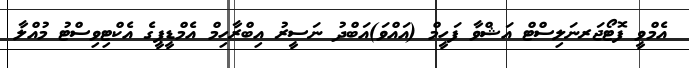
އެމްވީ ފޮޓޯޖަރނަލިސްޓް އަޝްވާ ފަހީމް (އައްވަ)އަބްދު ނަސީރު އިބްރާހިމް އެމްޑީޕީގެ އެކްޓިވިސްޓު މުއްލާ